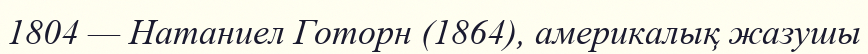
1804 — Натаниел Готорн (1864), америкалық жазушы